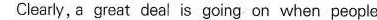
Clearly, agrest deal is going cnwhenpeople